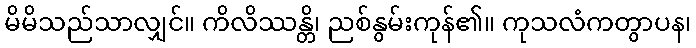
မိမိသည်သာလျှင်။ ကိလိဿန္တိ၊ ညစ်နွမ်းကုန်၏။ ကုသလံကတွာပန၊